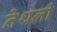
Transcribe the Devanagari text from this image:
तेथली